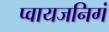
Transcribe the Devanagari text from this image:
प्वायजनिगं